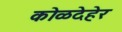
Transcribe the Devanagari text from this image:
कोळदेहेर